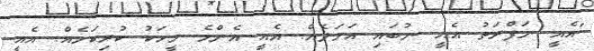
"އެއީ ނަފްރަތު އެއީ ނުބައި އަމަލެއް. އެއީ އެންމެ މީހަކު ކުރިކަމެއް. އެއީ